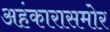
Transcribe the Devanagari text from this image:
अहंकारासमोर